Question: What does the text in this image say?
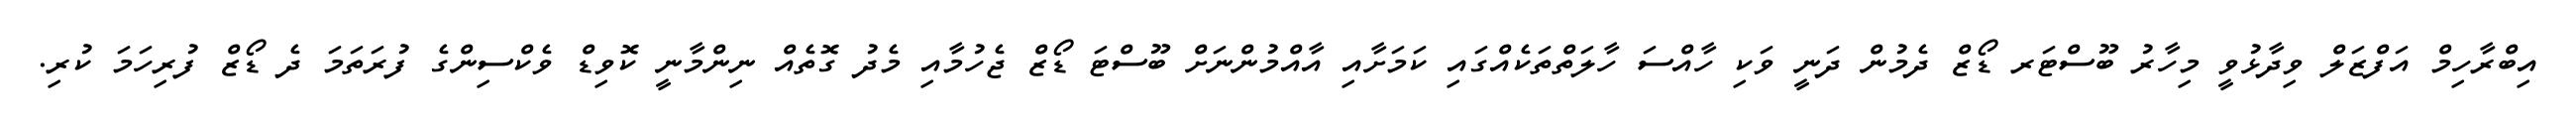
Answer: އިބްރާހިމް އަފްޒަލް ވިދާޅުވީ މިހާރު ބޫސްޓަރ ޑޯޒް ދެމުން ދަނީ ވަކި ހާއްސަ ހާލަތްތަކެއްގައި ކަމަށާއި އާއްމުންނަށް ބޫސްޓަ ޑޯޒް ޖެހުމާއި މެދު ގޮތެއް ނިންމާނީ ކޮވިޑް ވެކްސިންގެ ފުރަތަމަ ދެ ޑޯޒް ފުރިހަމަ ކުރި.